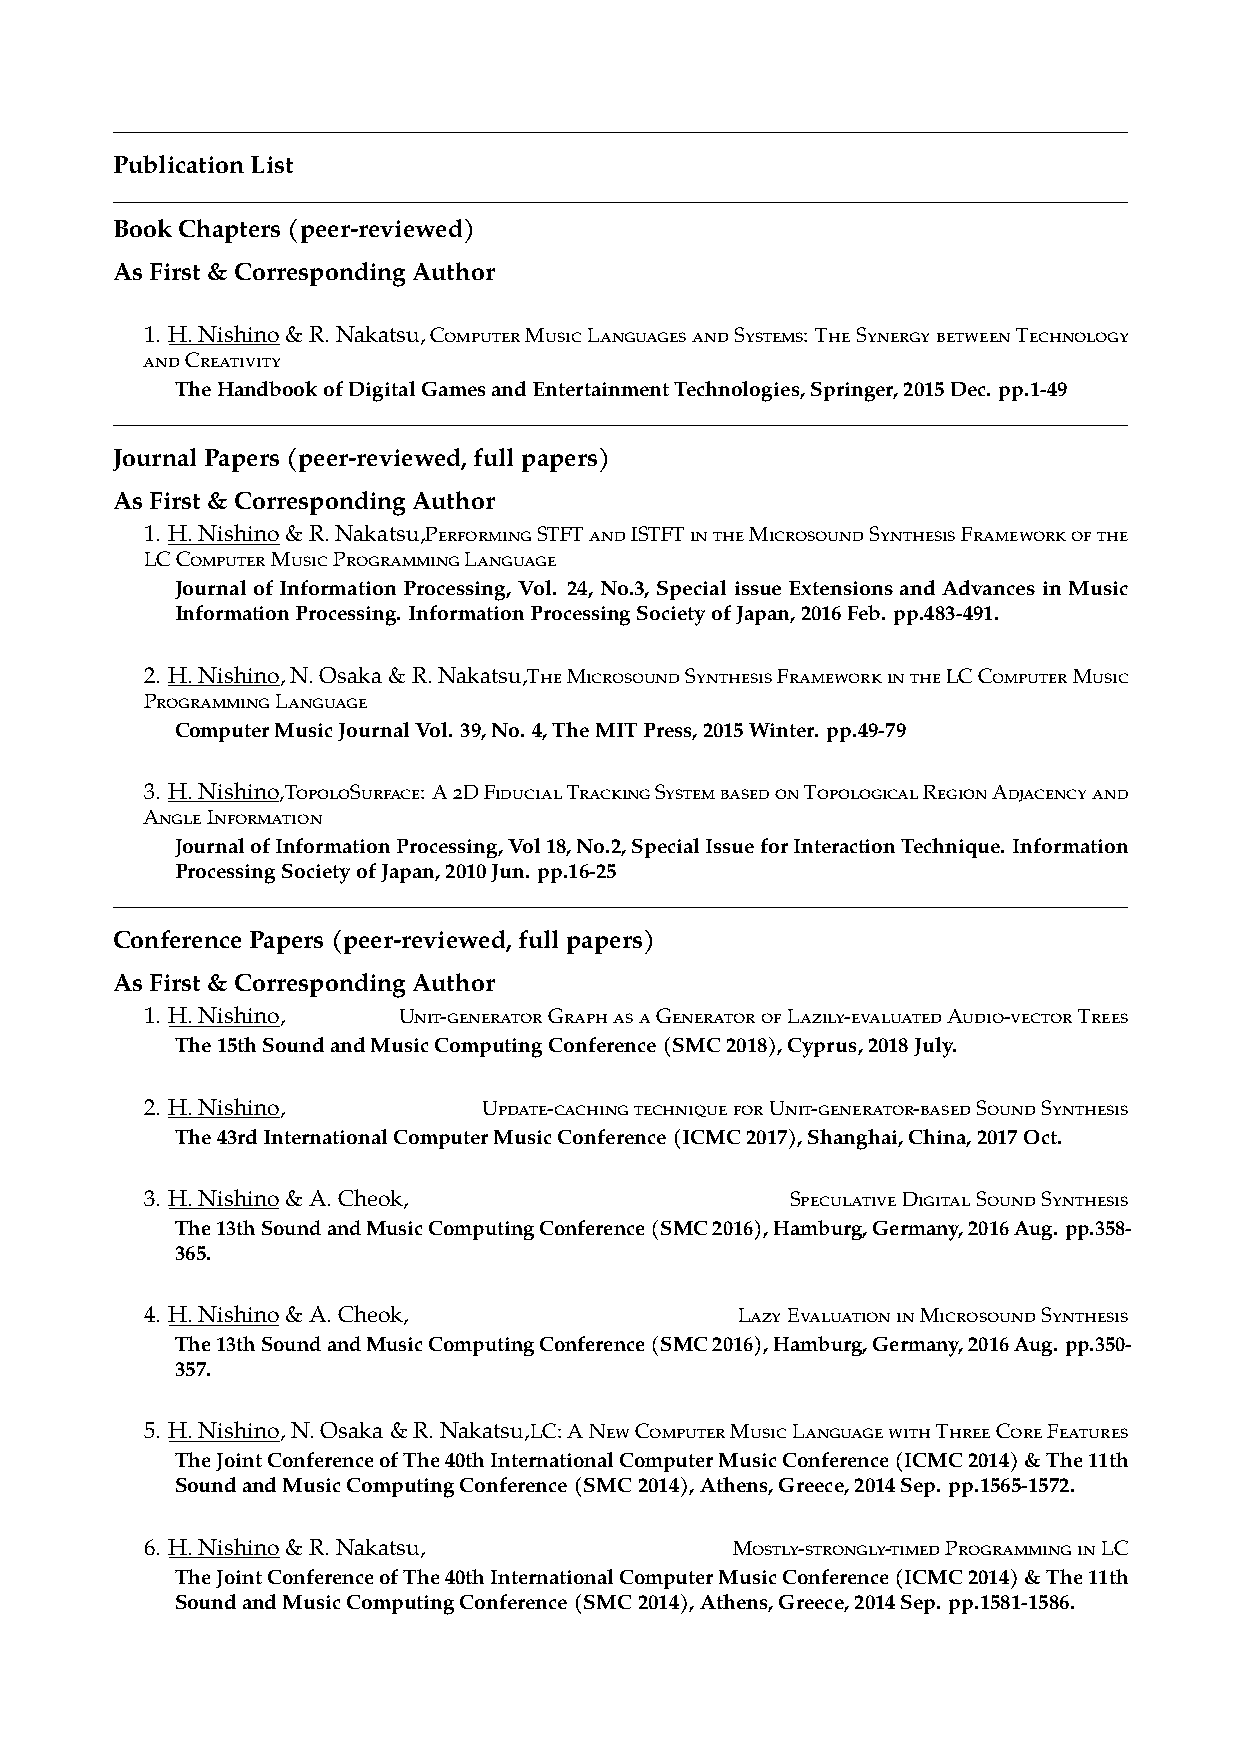
PublicationList
 BookChapters(peer-reviewed)
 AsFirst&CorrespondingAuthor
 1. H.Nishino&R.Nakatsu,ComputerMusicLanguagesandSystems: TheSynergybetweenTechnology
 andCreativity
 TheHandbookofDigitalGamesandEntertainmentTechnologies,Springer,2015Dec. pp.1-49
 JournalPapers(peer-reviewed,fullpapers)
 AsFirst&CorrespondingAuthor
 1. H.Nishino&R.Nakatsu,PerformingSTFTandISTFTintheMicrosoundSynthesisFrameworkofthe
 LCComputerMusicProgrammingLanguage
 JournalofInformationProcessing, Vol. 24, No.3, SpecialissueExtensionsandAdvancesinMusic
 InformationProcessing. InformationProcessingSocietyofJapan,2016Feb. pp.483-491.
 2. H.Nishino,N.Osaka&R.Nakatsu,TheMicrosoundSynthesisFrameworkintheLCComputerMusic
 ProgrammingLanguage
 ComputerMusicJournalVol. 39,No. 4,TheMITPress,2015Winter. pp.49-79
 3. H.Nishino,TopoloSurface: A2DFiducialTrackingSystembasedonTopologicalRegionAdjacencyand
 AngleInformation
 JournalofInformationProcessing,Vol18,No.2,SpecialIssueforInteractionTechnique. Information
 ProcessingSocietyofJapan,2010Jun. pp.16-25
 ConferencePapers(peer-reviewed,fullpapers)
 AsFirst&CorrespondingAuthor
 1. H.Nishino,   Unit-generatorGraphasaGeneratorofLazily-evaluatedAudio-vectorTrees
 The15thSoundandMusicComputingConference(SMC2018),Cyprus,2018July.
 2. H.Nishino,         Update-cachingtechniqueforUnit-generator-basedSoundSynthesis
 The43rdInternationalComputerMusicConference(ICMC2017),Shanghai,China,2017Oct.
 3. H.Nishino&A.Cheok,                     SpeculativeDigitalSoundSynthesis
 The13thSoundandMusicComputingConference(SMC2016),Hamburg,Germany,2016Aug. pp.358-
 365.
 4. H.Nishino&A.Cheok,                  LazyEvaluationinMicrosoundSynthesis
 The13thSoundandMusicComputingConference(SMC2016),Hamburg,Germany,2016Aug. pp.350-
 357.
 5. H.Nishino,N.Osaka&R.Nakatsu,LC:ANewComputerMusicLanguagewithThreeCoreFeatures
 TheJointConferenceofThe40thInternationalComputerMusicConference(ICMC2014)&The11th
 SoundandMusicComputingConference(SMC2014),Athens,Greece,2014Sep. pp.1565-1572.
 6. H.Nishino&R.Nakatsu,               Mostly-strongly-timedProgramminginLC
 TheJointConferenceofThe40thInternationalComputerMusicConference(ICMC2014)&The11th
 SoundandMusicComputingConference(SMC2014),Athens,Greece,2014Sep. pp.1581-1586.